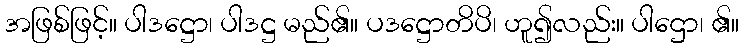
အဖြစ်ဖြင့်။ ပါဒဋ္ဌော၊ ပါဒဋ္ဌ မည်၏။ ပဒဋ္ဌောတိပိ၊ ဟူ၍လည်း။ ပါဌော၊ ၏။